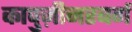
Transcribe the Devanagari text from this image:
कापुज़ीनरबर्ग